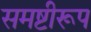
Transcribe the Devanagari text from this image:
समष्टीरूप